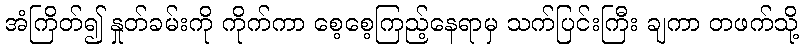
အံကြိတ်၍ နှုတ်ခမ်းကို ကိုက်ကာ စေ့စေ့ကြည့်နေရာမှ သက်ပြင်းကြီး ချကာ တဖက်သို့